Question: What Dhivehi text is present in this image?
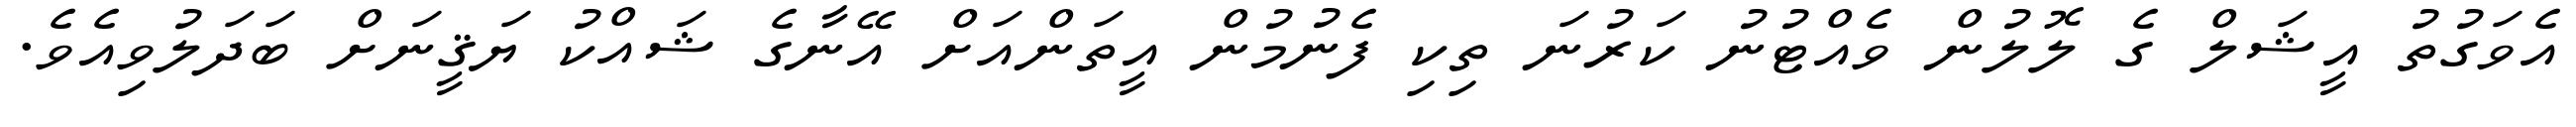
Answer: އެވަގުތު އީޝަލް ގެ ލޮލުން ވެއްޓުނު ކަރުނަ ތިކި ފެނުމުން އީތަންއަށް އޭނާގެ ޝައްކު ޔަޤީނަށް ބަދަލުވިއެވެ.